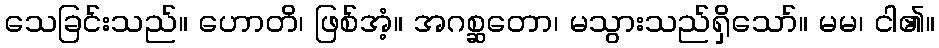
သေခြင်းသည်။ ဟောတိ၊ ဖြစ်အံ့။ အဂစ္ဆတော၊ မသွားသည်ရှိသော်။ မမ၊ ငါ၏။